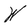
Character: W